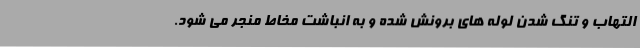
التهاب و تنگ شدن لوله های برونش شده و به انباشت مخاط منجر می شود.